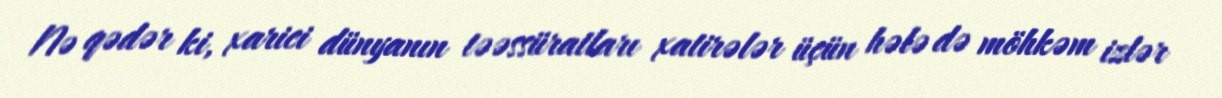
Nə qədər ki, xarici dünyanın təəssüratları xatirələr üçün hələ də möhkəm izlər